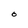
Character: O